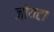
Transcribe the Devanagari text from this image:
ज़ोयटा